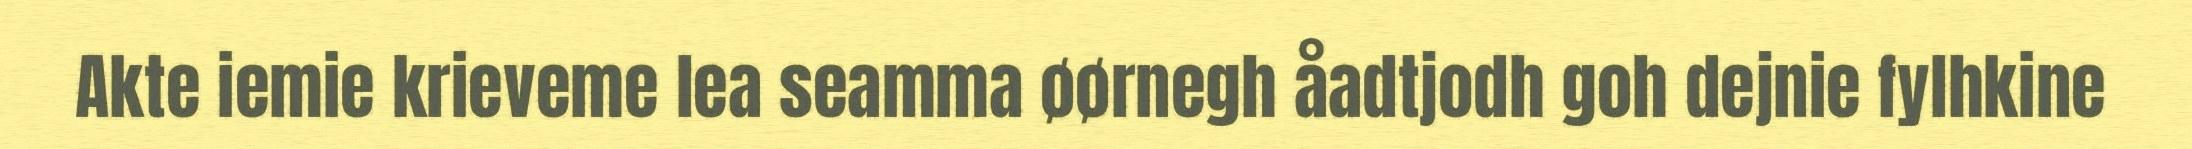
Akte iemie krieveme lea seamma øørnegh åadtjodh goh dejnie fylhkine